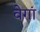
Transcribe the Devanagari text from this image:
वेगां